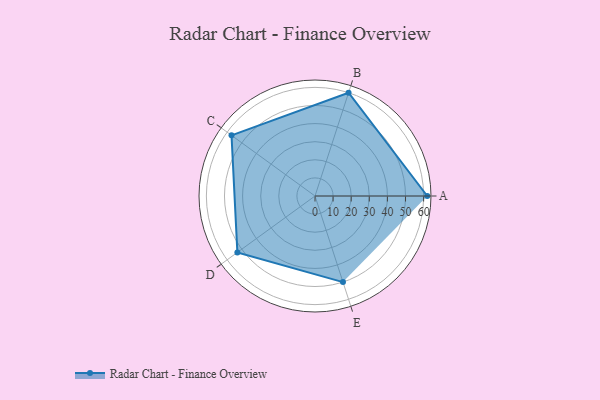
{"axis": {"x": "Skill", "y": "Score"}, "legend": ["Profile"], "data": [{"x": "A", "y": 62.0, "type": "Profile"}, {"x": "B", "y": 60.0, "type": "Profile"}, {"x": "C", "y": 57.0, "type": "Profile"}, {"x": "D", "y": 53.0, "type": "Profile"}, {"x": "E", "y": 50.0, "type": "Profile"}]}